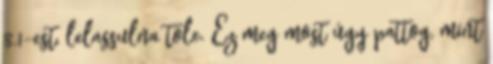
8.1-est, lelassulna tőle. Ez meg most úgy pattog, mint